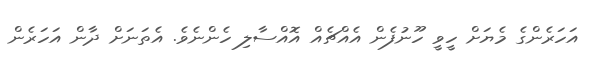
އަހަރެންގެ މެޔަށް ހީވީ ހޫނުފެން އެއްޗެއް އޮއްސާލި ހެންނެވެ. އެތަނަށް ދާން އަހަރެން